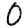
Digit: 0